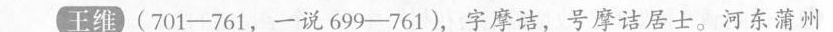
王维(701-761，一说699-761)，字摩诘，号摩诘居士。河东蒲州